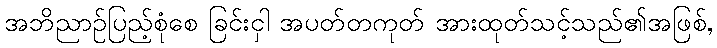
အဘိညာဉ်ပြည့်စုံစေ ခြင်းငှါ အပတ်တကုတ် အားထုတ်သင့်သည်၏အဖြစ်,